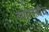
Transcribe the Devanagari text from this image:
व्यवस्थेंत